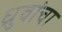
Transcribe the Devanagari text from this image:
ध्रुवांचा